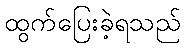
ထွက်ပြေးခဲ့ရသည်